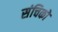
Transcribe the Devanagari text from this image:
संचिको